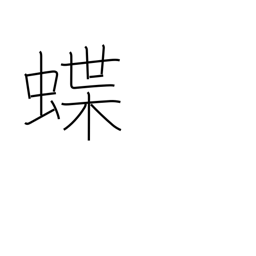
Meaning: butterfly